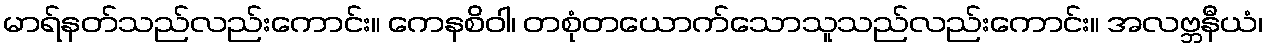
မာရ်နတ်သည်လည်းကောင်း။ ကေနစိဝါ၊ တစုံတယောက်သောသူသည်လည်းကောင်း။ အလဗ္ဘနီယံ၊